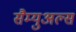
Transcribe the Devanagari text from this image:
सैम्युअल्स